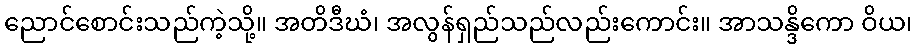
ညောင်စောင်းသည်ကဲ့သို့။ အတိဒီဃံ၊ အလွန်ရှည်သည်လည်းကောင်း။ အာသန္ဒိကော ဝိယ၊